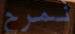
نمرح